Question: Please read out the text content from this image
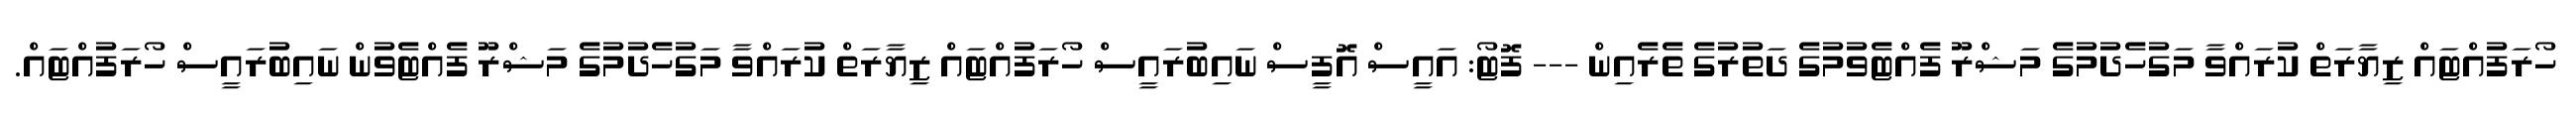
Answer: ހޯރަފުއްޓައް ޒިޔާރަތް ކުރައްވާ މަގުހެދުމުގެ މަޝްރޫ ފެއްޓެވުމުގެ ދަތުރުގެ ތެރެއިން --- ފޮޓޯ: އައީސް އޮފީސް ނައިބުރައީސް ހޯރަފުއްޓައް ޒިޔާރަތް ކުރައްވާ މަގުހެދުމުގެ މަޝްރޫ ފެއްޓެވުން ނައިބުރައީސް ހޯރަފުއްޓައް.